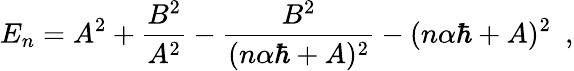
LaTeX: E_{n}=A^{2}+\frac{B^{2}}{A^{2}}-\frac{B^{2}}{(n\alpha\hbar+A)^{2}}-(n\alpha\hbar+A)^{2}\, \, \, ,